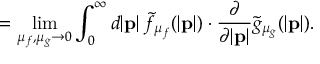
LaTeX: \: \: \: \: \: \: \: \: \: \: \: \: \: \: \: \: \: \: = \operatorname * { l i m } _ { \mu _ { f } , \mu _ { g } \to 0 } \int _ { 0 } ^ { \infty } d | { \bf p } | \: { \tilde { f } } _ { { \mu } _ { f } } ( | { \bf p } | ) \cdot \frac { \partial } { \partial | { \bf p } | } { \tilde { g } } _ { { \mu } _ { g } } ( | { \bf p } | ) .